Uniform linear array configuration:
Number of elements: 24
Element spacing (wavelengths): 0.75
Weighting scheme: blackman
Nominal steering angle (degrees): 0
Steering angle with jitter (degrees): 1.221
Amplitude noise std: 0.05
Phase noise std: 0.05

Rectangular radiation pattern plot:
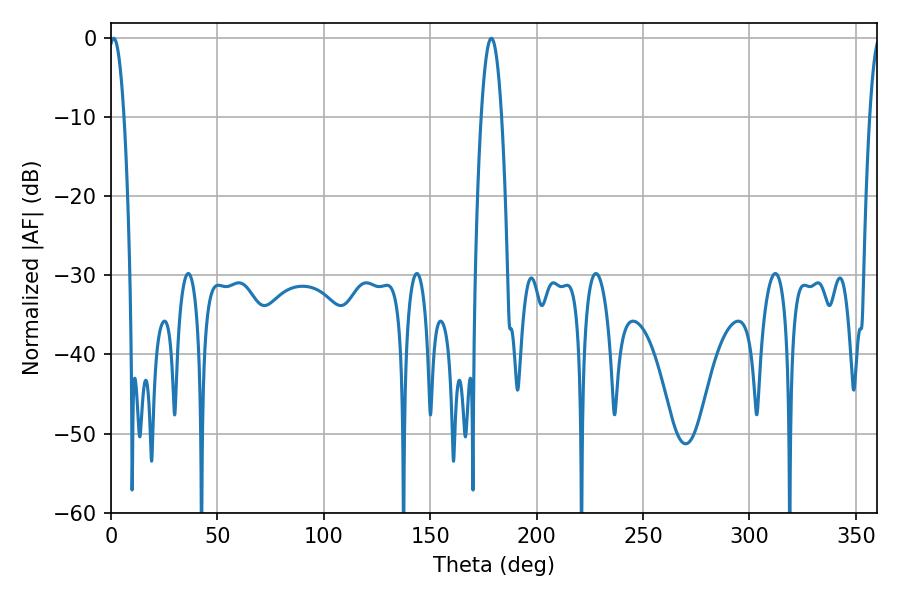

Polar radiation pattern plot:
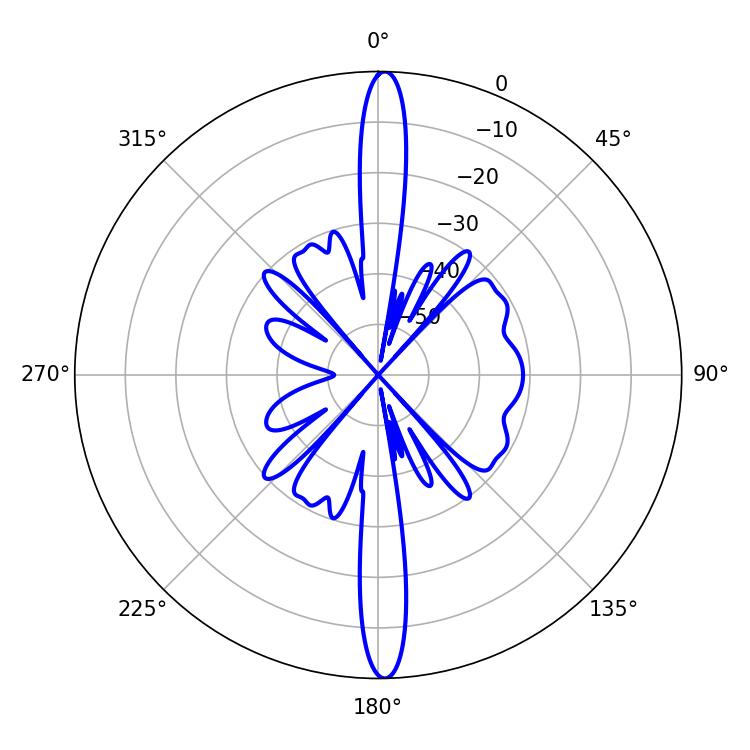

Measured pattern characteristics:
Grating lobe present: TRUE
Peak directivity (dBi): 26.104
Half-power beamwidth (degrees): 3.96
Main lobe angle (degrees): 1.26